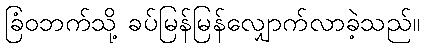
ခြံဝဘက်သို့ ခပ်မြန်မြန်လျှောက်လာခဲ့သည်။